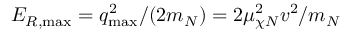
E _ { R , \mathrm { m a x } } = q _ { \mathrm { m a x } } ^ { 2 } / ( 2 m _ { N } ) = 2 \mu _ { \chi N } ^ { 2 } v ^ { 2 } / m _ { N }